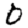
Digit: 0